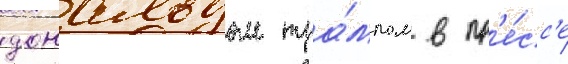
дональдом тра́мпом в пр'е́сс'е